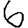
Digit: 6